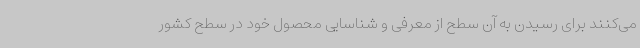
می‌کنند برای رسیدن به آن سطح از معرفی و شناسایی محصول خود در سطح کشور